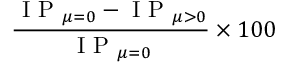
\frac { \mathrm { ~ I ~ P ~ } _ { \mu = 0 } - \mathrm { ~ I ~ P ~ } _ { \mu > 0 } } { \mathrm { ~ I ~ P ~ } _ { \mu = 0 } } \times 1 0 0